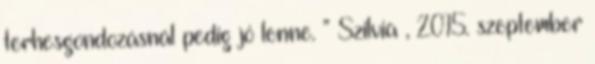
terhesgondozásnál pedig jó lenne. ” Szilvia , 2015. szeptember